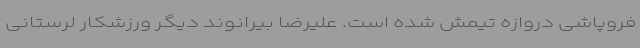
فروپاشی دروازه تیمش شده است. علیرضا بیرانوند دیگر ورزشکار لرستانی